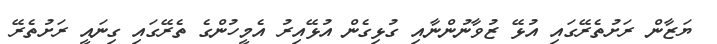
ޔަޒާން ރަށުތެރޭގައި އުޅޭ ޒުވާނުންނާއި ގުޅިގެން އުޅޭއިރު އެމީހުންގެ ތެރޭގައި ގިނައީ ރަށުތެރޭ